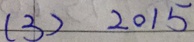
( 3 ) 2 0 1 5